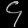
Digit: ၄